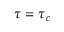
\tau = \tau _ { c }